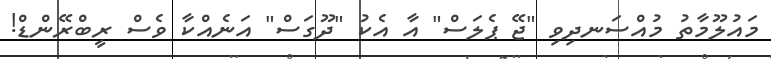
މައުލޫމާތު މުއްސަނދިވި "ޖޭ ޕެލަސް" އާ އެކު "ދޫގަސް" އަނެއްކާ ވެސް ރީބްރޭންޑް!